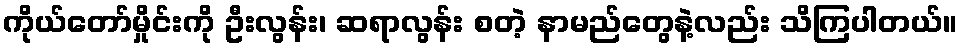
ကိုယ်တော်မှိုင်းကို ဦးလွန်း၊ ဆရာလွန်း စတဲ့ နာမည်တွေနဲ့လည်း သိကြပါတယ်။